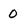
Character: 0